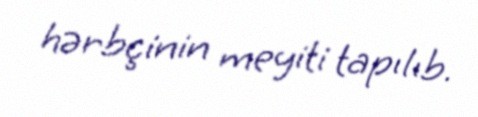
hərbçinin meyiti tapılıb.